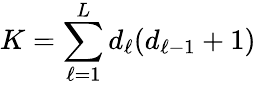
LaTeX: K=\displaystyle\sum_{\ell=1}^{L}d_{\ell}(d_{\ell-1}+1)